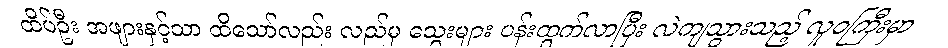
ထိပ်ဦး အဖျားနှင့်သာ ထိသော်လည်း လည်မှ သွေးများ ပန်းထွက်လာပြီး လဲကျသွားသည့် လူဝကြီးမှာ